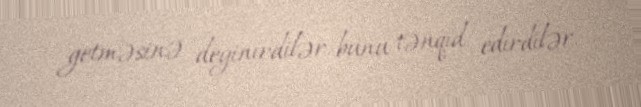
getməsinə deyinirdilər, bunu tənqid edirdilər.